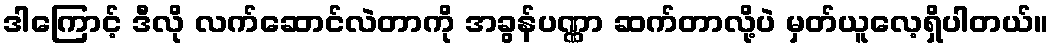
ဒါကြောင့် ဒီလို လက်ဆောင်လဲတာကို အခွန်ပဏ္ဏာ ဆက်တာလို့ပဲ မှတ်ယူလေ့ရှိပါတယ်။